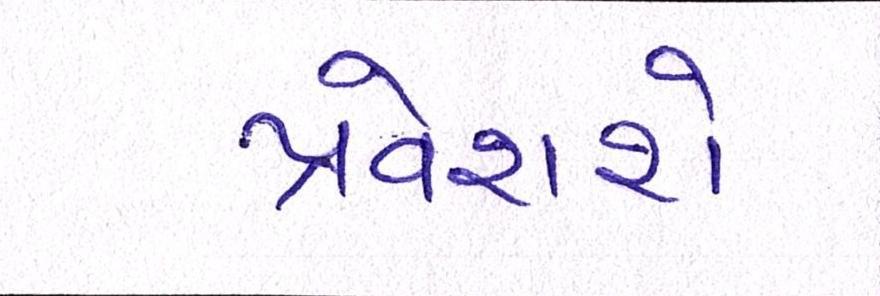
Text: પ્રવેશશે